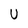
Character: U